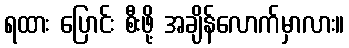
ရထား ပြောင်း စီးဖို့ အချိန်လောက်မှာလား။